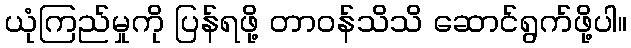
ယုံကြည်မှုကို ပြန်ရဖို့ တာဝန်သိသိ ဆောင်ရွက်ဖို့ပါ။